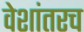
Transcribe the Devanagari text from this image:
वेशांतरच